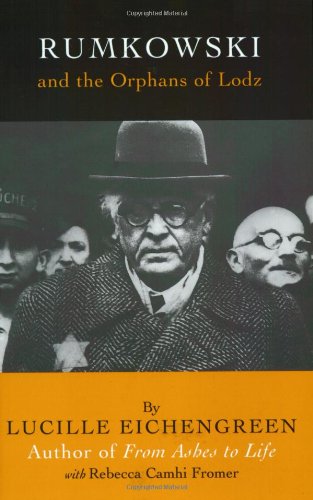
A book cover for Rumkowski and the Orphans of Lodz; Lucille Eichengreen; Biographies & Memoirs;